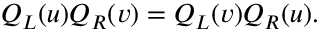
Q _ { L } ( u ) Q _ { R } ( v ) = Q _ { L } ( v ) Q _ { R } ( u ) .